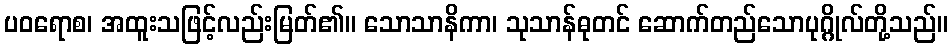
ပဝရောစ၊ အထူးသဖြင့်လည်းမြတ်၏။ သောသာနိကာ၊ သုသာန်ဓုတင် ဆောက်တည်သောပုဂ္ဂိုလ်တို့သည်။